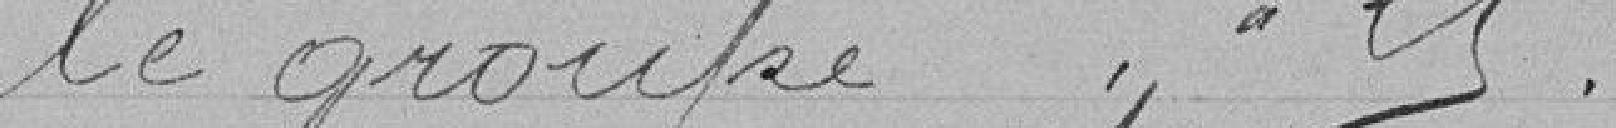
Le groupe 21